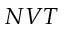
N V T